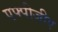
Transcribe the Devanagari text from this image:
एफ्पीजीए